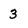
Character: 3